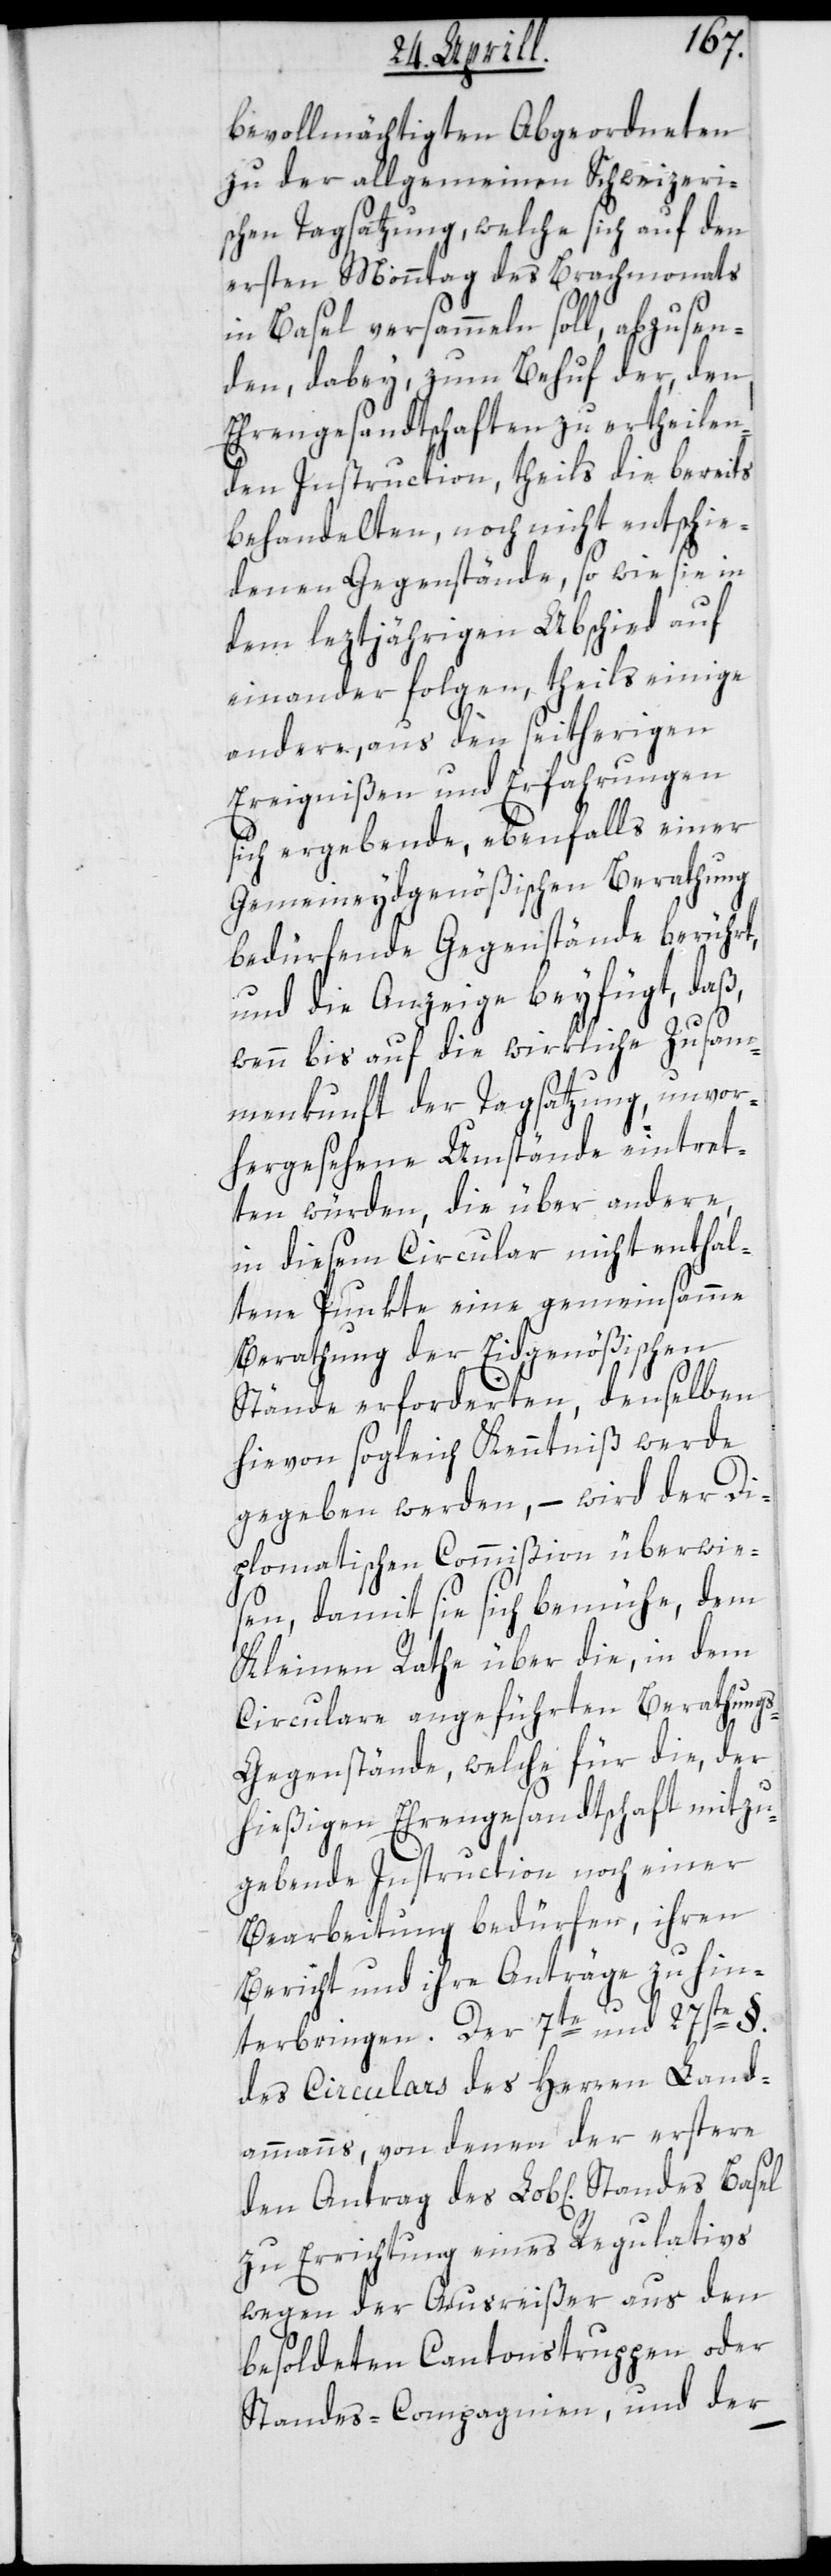
bevollmächtigen Abgeordneten
zu der allgemeinen Schweizeri¬
schen Tagsatzung, welche sich auf den
ersten Monntag des Brachmonats
in Basel versammeln soll, abzusen¬
den, dabey zum Behuf der, den
Ehrengesandtschaften zu ertheilen¬
den Instruction, theils die bereits
behandelten, noch nicht entschie¬
denen Gegenstände, so wie sie in
dem leztjährigen Abschied auf
einander folgen, theils einige
andere, aus den seitherigen
Ereignißen und Erfahrungen
sich ergebende, ebenfalls einer
Gemeineydgenößischen Berathung
bedürfende Gegenstände berührt,
und die Anzeige beyfügt, daß,
wenn bis auf die wirkliche Zusam¬
menkunft der Tagsatzung, unvor¬
hergesehene Umstände eintret¬
ten würden, die über andere,
in diesem Circular nicht enthal¬
tene Punkte eine gemeinsamme
Berathung der Eidgenößischen
Stände erforderten, denselben
hievon sogleich Kenntniß werde
gegeben werden, – wird der Di¬
plomatischen Commißion überwie¬
sen, damit sie sich bemühe, dem
Kleinen Rathe über die, in dem
Circulare angeführten Berathung¬
s-Gegenstände, welche für die, der
hießigen Ehrengesandtschaft mitzu¬
gebende Instruction noch einer
Bearbeitung bedürfen, ihren
Bericht und Anträge zu hin¬
terbringen. Der 7te und 27ste §.
des Circulars des Herren Land¬
ammanns, von denen der Erstere
zu Errichtung eines Regulativs
wegen der Ausreißer aus den
besoldeten Cantonstruppen oder
Standes-Compagnien, und der